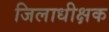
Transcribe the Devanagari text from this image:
जिलाधीक्षक